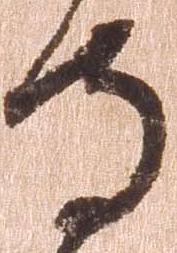
寺